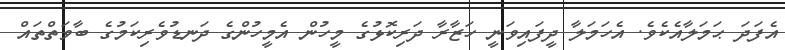
އެފަދަ ޙަމަލާއެކެވެ. އެހަމަލާ ދީފައިވަނީ ހަޒާރާ ދަރިކޮޅުގެ މީހުން އެމީހުންގެ ދަނޑުވެރިކަމުގެ ބާވަތްތައް